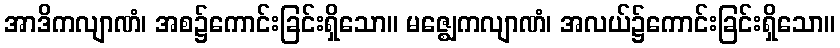
အာဒိကလျာဏံ၊ အစ၌ကောင်းခြင်းရှိသော။ မဇ္ဈေကလျာဏံ၊ အလယ်၌ကောင်းခြင်းရှိသော။